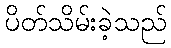
ပိတ်သိမ်းခဲ့သည်